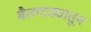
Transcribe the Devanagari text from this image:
बैलगाड्यातून